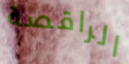
الراقصة